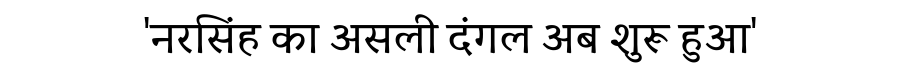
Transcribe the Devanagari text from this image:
'नरसिंह का असली दंगल अब शुरू हुआ'